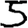
Digit: 5